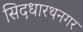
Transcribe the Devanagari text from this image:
सिदधारथनगर